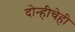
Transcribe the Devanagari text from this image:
दोन्हीचेही